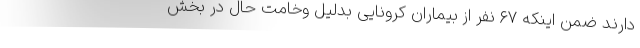
دارند ضمن اینکه ۶۷ نفر از بیماران کرونایی بدلیل وخامت حال در بخش